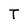
Character: T